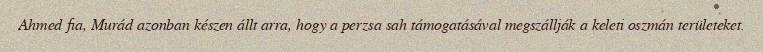
Ahmed fia, Murád azonban készen állt arra, hogy a perzsa sah támogatásával megszállják a keleti oszmán területeket.